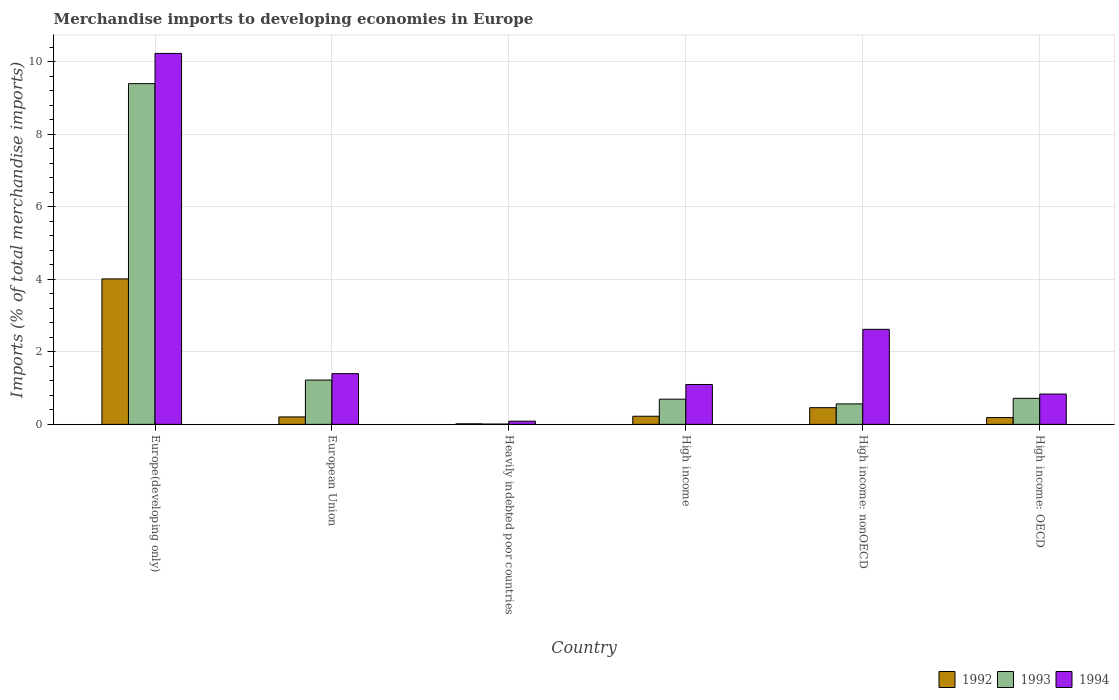
| Country | 1992 | 1993 | 1994 |
 | --- | --- | --- | --- |
 | Europe(developing only) | 4.01 | 9.39 | 10.2 |
 | European Union | 0.205 | 1.22 | 1.4 |
 | Heavily indebted poor countries | 0.0151 | 0.00827 | 0.088 |
 | High income | 0.224 | 0.695 | 1.1 |
 | High income: nonOECD | 0.46 | 0.564 | 2.62 |
 | High income: OECD | 0.188 | 0.718 | 0.836 |